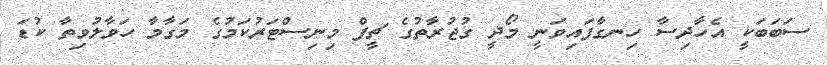
ސަބަބަކީ އެހާދިސާ ހިނގާފައިވަނީ މޯދީ ގުޖުރާތުގެ ޗީފް މިނިސްޓަރުކަމުގެ މަގާމާ ހަވާލުވިތާ ކުޑަ